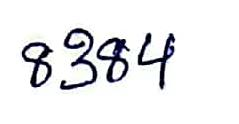
8384